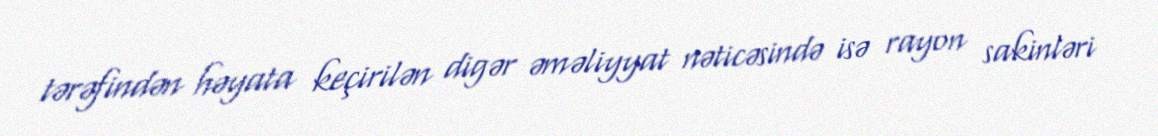
tərəfindən həyata keçirilən digər əməliyyat nəticəsində isə rayon sakinləri